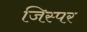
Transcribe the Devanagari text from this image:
जिस्पर